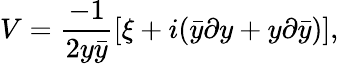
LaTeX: V={\frac{-1}{2y\bar{y}}}[\xi+i(\bar{y}\partial y+y\partial\bar{y})],